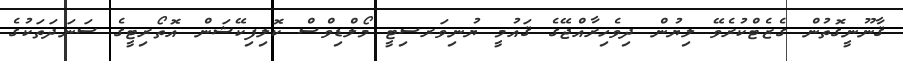
ޤާނޫނީގޮތުން ގެޒެޓްކުރެވޭ ލިޔުން ދިވެހިރާއްޖޭގެ ޤައުމީ ޔުނިވަރސިޓީ މޯލްޑިވްސް ކޮލިފިކޭޝަން އޮތޯރިޓީގެ ސަނަދަތަކުގެ